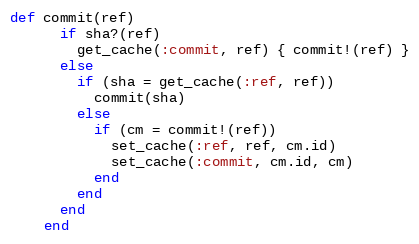
Language: Ruby
def commit(ref)
      if sha?(ref)
        get_cache(:commit, ref) { commit!(ref) }
      else
        if (sha = get_cache(:ref, ref))
          commit(sha)
        else
          if (cm = commit!(ref))
            set_cache(:ref, ref, cm.id)
            set_cache(:commit, cm.id, cm)
          end
        end
      end
    end